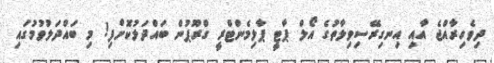
ދިވެހިރާއްޖެ އާއި އިނގިރޭސިވިލާތުގެ އޯލް ޕާޓީ ޕާލިމެންޓްރީ ގްރޫޕުން ބައްދަލުކޮށްފި! މި ބައްދަލުވުމުގައި